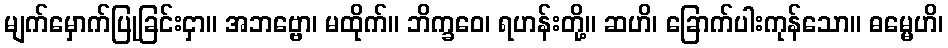
မျက်မှောက်ပြုခြင်းငှာ။ အဘဗ္ဗော၊ မထိုက်။ ဘိက္ခဝေ၊ ရဟန်းတို့။ ဆဟိ၊ ခြောက်ပါးကုန်သော။ ဓမ္မေဟိ၊